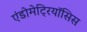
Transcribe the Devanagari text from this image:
एंडोमेट्रियॉसिस